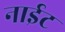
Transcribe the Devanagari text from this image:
नाईट